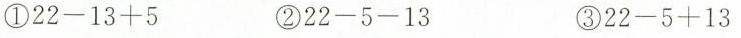
①22-13+5 ②22-5-13 ③22-5+13